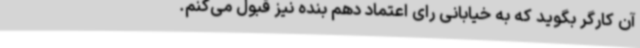
آن کارگر بگوید که به خیابانی رای اعتماد دهم بنده نیز قبول می‌کنم.